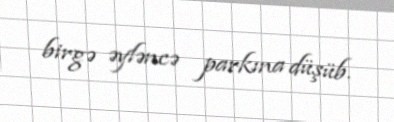
birgə əyləncə parkına düşüb.